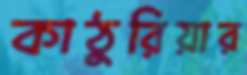
কাঠুরিয়ার